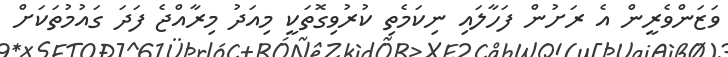
ވަޒަންވެރީން އެ ރަށުން ފަހާލައި ނިކަމެތި ކުރުވިގޮތަކީ މިއަދު މިރާއްޖެ ފަދަ ގައުމުތަކަށް